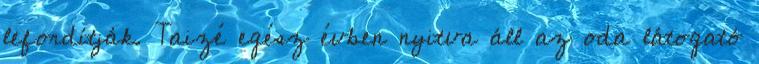
lefordítják. Taizé egész évben nyitva áll az oda látogató